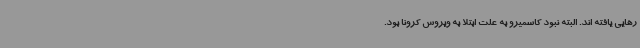
رهایی یافته اند. البته نبود کاسمیرو به علت ابتلا به ویروس کرونا بود.